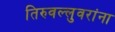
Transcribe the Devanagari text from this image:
तिरुवल्लुवरांना